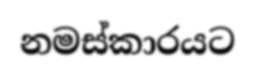
නමස්කාරයට